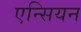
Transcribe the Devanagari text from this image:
एन्सियन